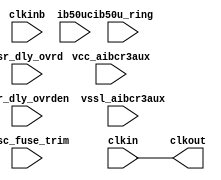
// This program was cloned from: https://github.com/intel/aib-phy-hardware
// License: Apache License 2.0

// SPDX-License-Identifier: Apache-2.0
// Copyright (C) 2019 Intel Corporation. All rights reserved
// Library - aibcr3aux_lib, Cell - aibcr3aux_outclkdly, View - schematic
// LAST TIME SAVED: Mar 20 15:24:37 2015
// NETLIST TIME: Mar 20 23:46:52 2015

`ifdef TIMESCALE_EN
`timescale 1ps/1ps
`endif

module aibcr3aux_outclkdly
#(
 parameter PERIOD = 500
)
(
output clkout,

input  clkin, clkinb, csr_dly_ovrden, ib50u_ring, ib50uc, vcc_aibcr3aux,
     vssl_aibcr3aux,

input [9:0]  iosc_fuse_trim,
input [3:0]  csr_dly_ovrd

//wire net033 , vssl , nbias , vbias , net032 , nocon0
);



assign #PERIOD clkout =  clkin;

endmodule